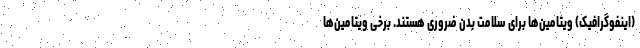
(اینفوگرافیک) ویتامین‌ها برای سلامت بدن ضروری هستند. برخی ویتامین‌ها